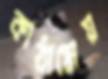
কাঠামোয়